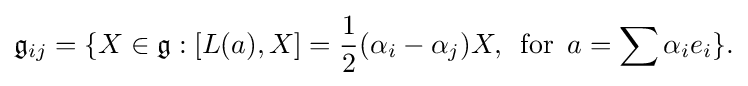
\displaystyle {{\mathfrak {g}}_{ij}=\{X\in {\mathfrak {g}}:[L(a),X]={1 \over 2}(\alpha _{i}-\alpha _{j})X,\,\,\,\mathrm {for} \,\,\,a=\sum \alpha _{i}e_{i}\}.}